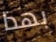
بهذا